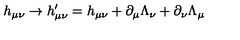
h _ { \mu \nu } \rightarrow h _ { \mu \nu } ^ { \prime } = h _ { \mu \nu } + \partial _ { \mu } \Lambda _ { \nu } + \partial _ { \nu } \Lambda _ { \mu }